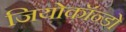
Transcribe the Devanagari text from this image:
जियोकॉन्डो